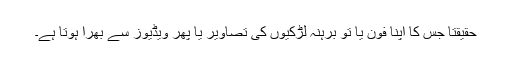
حقیقتاً جس کا اپنا فون یا تو برہنہ لڑکیوں کی تصاویر یا پھر ویڈیوز سے بھرا ہوتا ہے۔